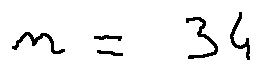
n = 3 4